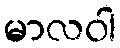
မာလဝါ